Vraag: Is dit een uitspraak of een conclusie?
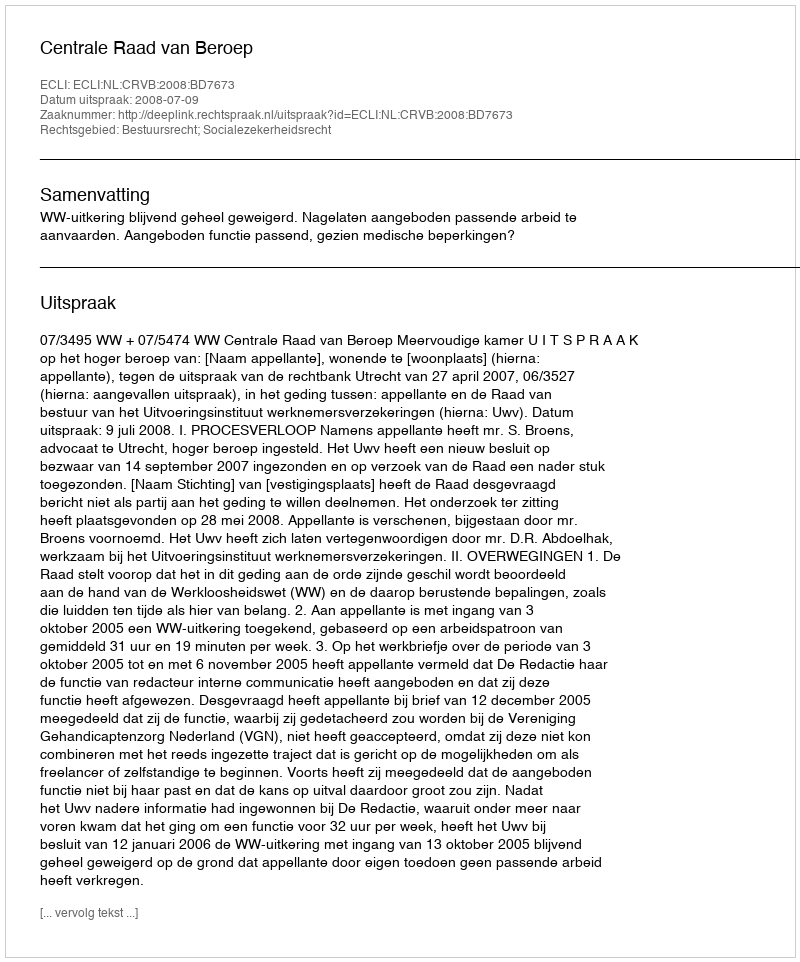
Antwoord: Uitspraak